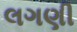
લગણી